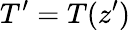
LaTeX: T^{\prime}=T(z^{\prime})